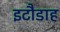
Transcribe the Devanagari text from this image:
इटौडाह